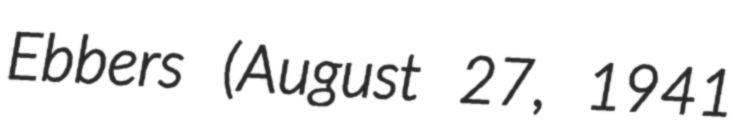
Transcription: Ebbers (August 27, 1941